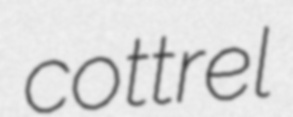
cottrel